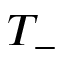
T _ { - }